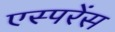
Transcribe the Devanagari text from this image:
एस्परेंस